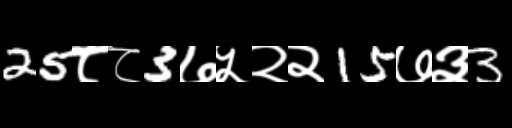
Text: 25८८3७५२२15७३3